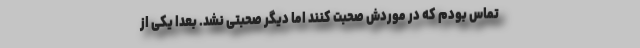
تماس بودم که در موردش صحبت کنند اما دیگر صحبتی نشد. بعداً یکی از